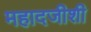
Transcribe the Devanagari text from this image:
महादजीशी